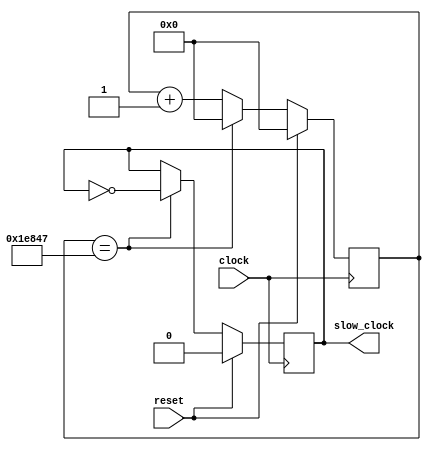
`timescale 1ns / 1ps
//////////////////////////////////////////////////////////////////////////////////
// Company: 
// Engineer: 
// 
// Design Name: 
// Module Name: clock_100hz
// Project Name: 
// Target Devices: 
// Tool Versions: 
// Description: 
// 
// Dependencies: 
// 
// Revision:
// Revision 0.01 - File Created
// Additional Comments:
// 
//////////////////////////////////////////////////////////////////////////////////


module clock_100hz #(parameter CLOCK_PERIOD=124999)
    (input reset,
    input clock,
    output reg slow_clock
    );
    
    //assume incoming signal is 25 mhz, so we need to slow clock down by 250000
    //every 125000 posedges of clock we will toggle slow_clock state
    reg [16:0] count = 0;
    always @(posedge clock)begin
        if (reset) begin
            count <= 0;
            slow_clock <= 0;
        end else begin
            if (count == CLOCK_PERIOD)begin
                count <= 0;
                slow_clock <= !slow_clock;
            end else begin
                count <= count + 1;
            end
        end
    end
    
endmodule